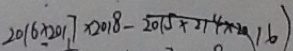
2 0 1 6 \times 2 0 1 7 \times 2 0 1 8 - 2 0 1 5 \times 2 1 4 \times 2 0 1 6 )